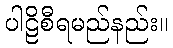
ပါဠိစီရမည်နည်း။